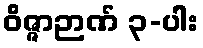
ဝိဇ္ဇာဉာဏ် ၃-ပါး